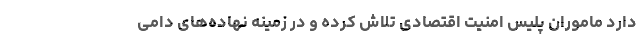
دارد ماموران پلیس امنیت اقتصادی تلاش کرده و در زمینه نهاده‌های دامی